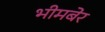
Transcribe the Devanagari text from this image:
भीमबेर